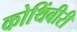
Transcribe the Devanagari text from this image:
कोथिंबीरी